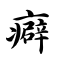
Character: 癖